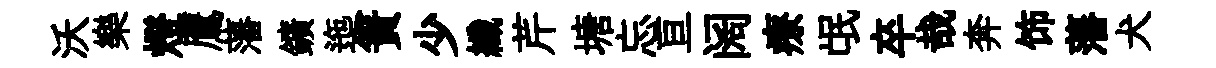
沃樂燈鷹藩鑛迤簀少纖芹塘忘亘阔療氓卒哉奔饰藩犬